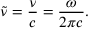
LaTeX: { \tilde { \nu } } = { \frac { \nu } { c } } = { \frac { \omega } { 2 \pi c } } .